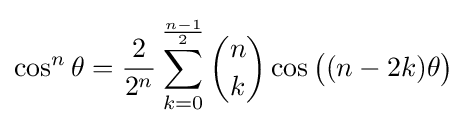
\cos ^{n}\theta ={\frac {2}{2^{n}}}\sum _{k=0}^{\frac {n-1}{2}}{\binom {n}{k}}\cos {{\big (}(n-2k)\theta {\big )}}